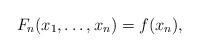
LaTeX: \begin{align*}F_n(x_1,\ldots,x_n) = f(x_n),\end{align*}